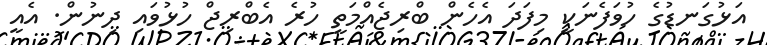
އަޅުގަނޑުގެ ހުވަފެނަކީ މިފަދަ އެހެން ބްރިޖެއްމަތީ ހުރެ އެބްރިޖް ހުޅުވައި ދިނުން. އެއީ